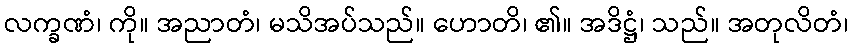
လက္ခဏံ၊ ကို။ အညာတံ၊ မသိအပ်သည်။ ဟောတိ၊ ၏။ အဒိဋ္ဌံ၊ သည်။ အတုလိတံ၊